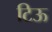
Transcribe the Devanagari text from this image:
टिऊ